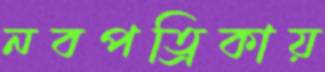
নবপত্রিকায়